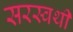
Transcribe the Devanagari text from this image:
सरस्वथी